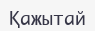
Қажытай